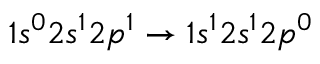
1 s ^ { 0 } 2 s ^ { 1 } 2 p ^ { 1 } \rightarrow 1 s ^ { 1 } 2 s ^ { 1 } 2 p ^ { 0 }